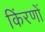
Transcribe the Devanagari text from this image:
किंरणों